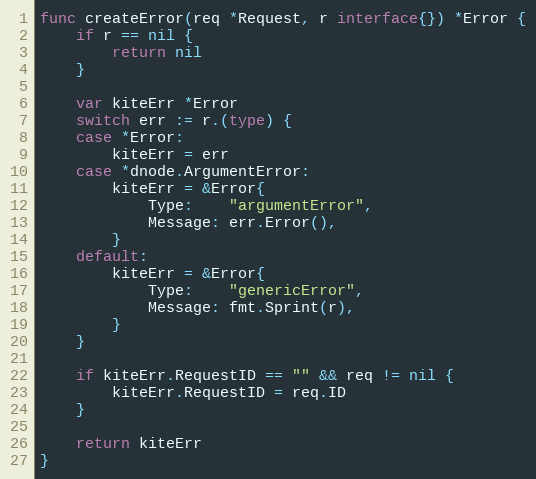
Language: Go
func createError(req *Request, r interface{}) *Error {
	if r == nil {
		return nil
	}

	var kiteErr *Error
	switch err := r.(type) {
	case *Error:
		kiteErr = err
	case *dnode.ArgumentError:
		kiteErr = &Error{
			Type:    "argumentError",
			Message: err.Error(),
		}
	default:
		kiteErr = &Error{
			Type:    "genericError",
			Message: fmt.Sprint(r),
		}
	}

	if kiteErr.RequestID == "" && req != nil {
		kiteErr.RequestID = req.ID
	}

	return kiteErr
}